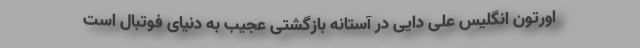
اورتون انگلیس علی‌ دایی در آستانه بازگشتی عجیب به دنیای فوتبال است